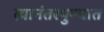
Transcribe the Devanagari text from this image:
त्यानंतरपुण्यात